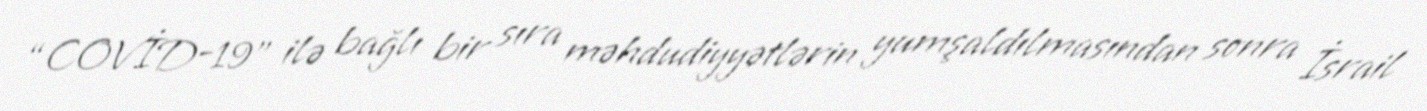
“COVİD-19” ilə bağlı bir sıra məhdudiyyətlərin yumşaldılmasından sonra İsrail